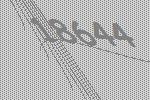
18644